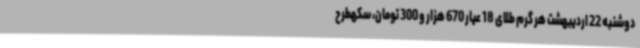
دوشنبه 22 اردیبهشت هر گرم طلای 18 عیار 670 هزار و 300 تومان، سکهطرح